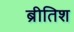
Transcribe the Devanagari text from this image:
ब्रीतिश